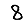
Digit: 8